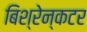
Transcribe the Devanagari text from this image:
बिश्रेन्कटर